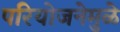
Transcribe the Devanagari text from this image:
परियोजनेमुळे